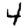
Digit: 4